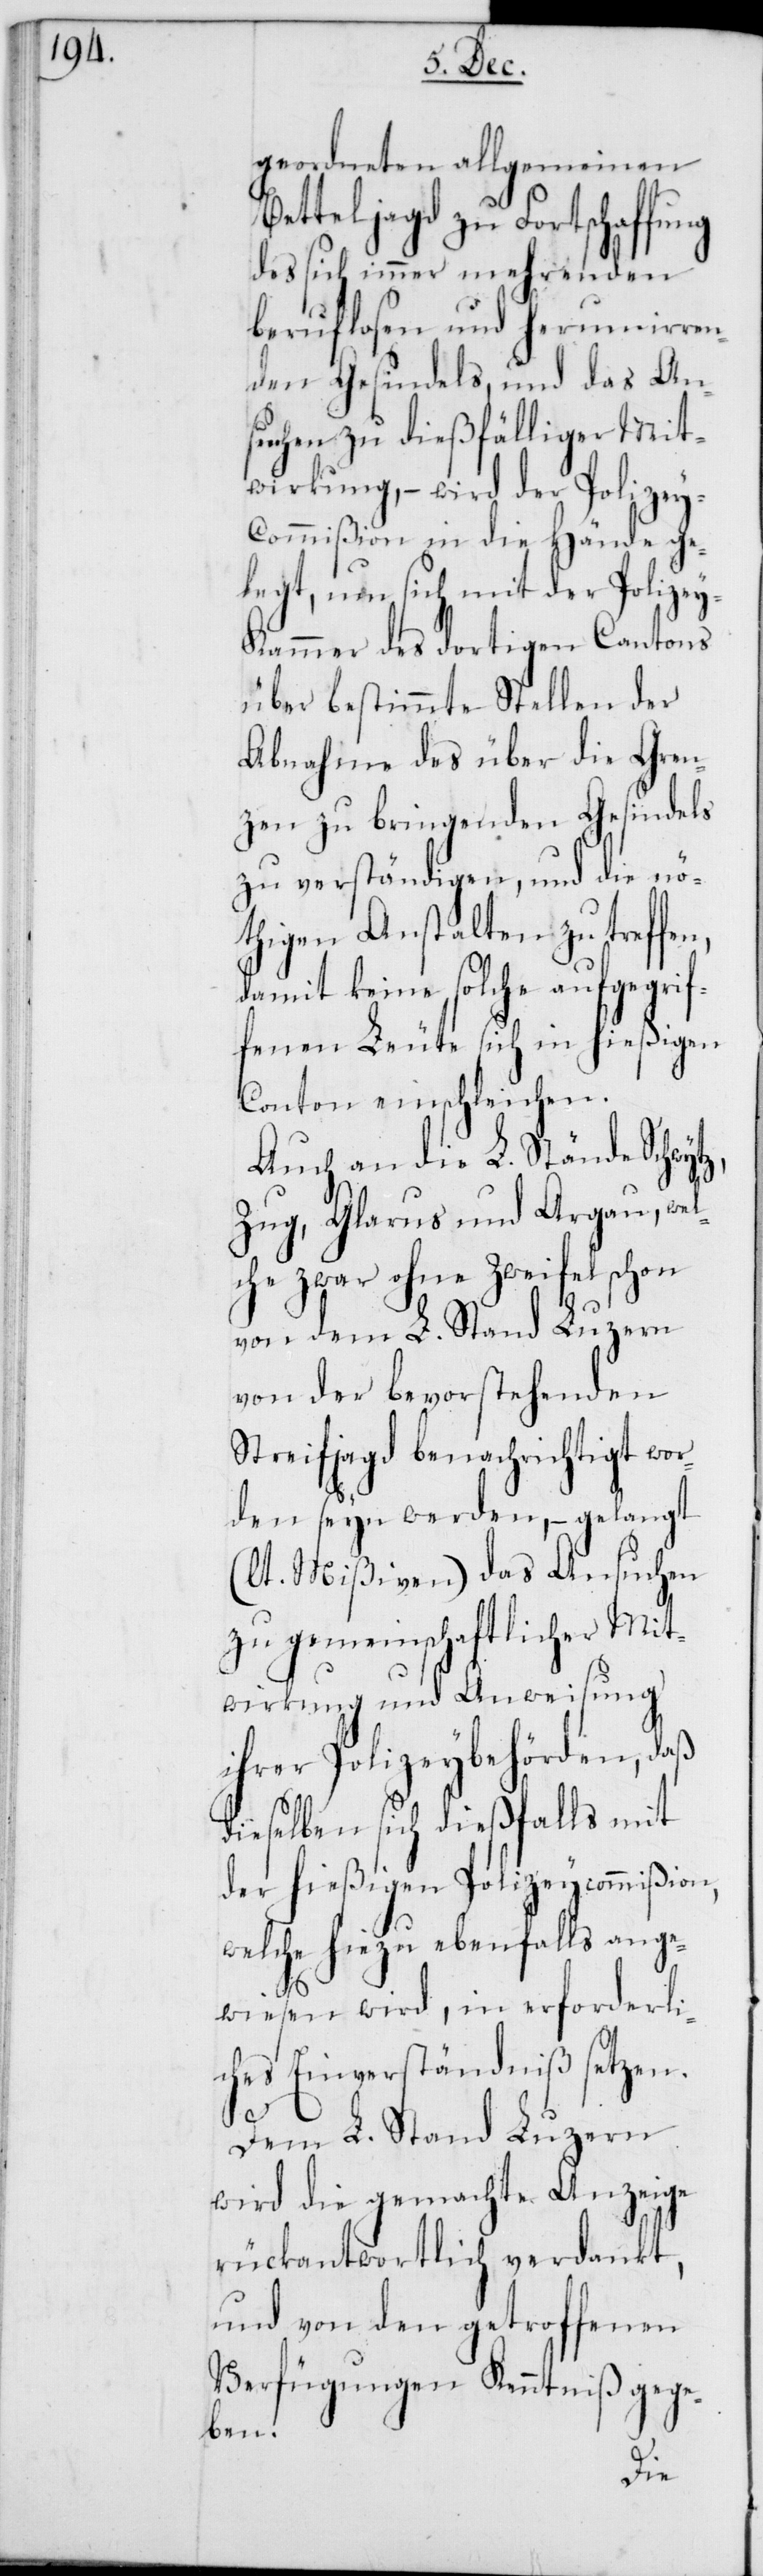
geordneten allgemeinen
Betteljagd zu Fortschaffung
des sich immer mehrenden
beruflosen und herumirren¬
den Gesindels, und das An¬
suchen zu dießfälliger Mit¬
wirkung, – wird der Polize¬
y-Commißion in die Hände ge¬
legt, um sich mit der Polize¬
y-Kammer des dortigen Cantons
über bestimmte Stellen der
Abnahme des über die Gren¬
zen zu bringenden Gesindels
zu verständigen, und die nö¬
thigen Anstalten zu treffen,
damit keine solche aufgegrif¬
fenen Leute sich in hießigen
Canton einschleichen.
Auch an die L. Stände Schwytz,
Zug, Glarus und Argau, wel¬
che zwar ohne Zweifel schon
von dem L. Stand Luzern
von der bevorstehenden
Streifjagd benachrichtiget wor¬
den seyn werden, – gelangt
(lt. Mißiven) das Ansuchen
zu gemeinschaftlicher Mit¬
wirkung und Anweisung
ihrer Polizeybehörden, daß
dieselben sich dießfalls mit
der hießigen Polizeycommißion,
welche hiezu ebenfalls ange¬
wiesen wird, in erforderli¬
ches Einverständniß setzen.
Dem L. Stand Luzern
wird die gemachte Anzeige
rückantwortlich verdankt,
und von den getroffenen
Verfügungen Kenntniß gege¬
ben.